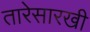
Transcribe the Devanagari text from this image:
तारेसारखी